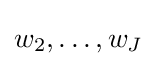
w_{2},\ldots ,w_{J}